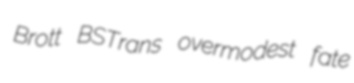
Brott BSTrans overmodest fate